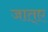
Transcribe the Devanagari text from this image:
जात्ए